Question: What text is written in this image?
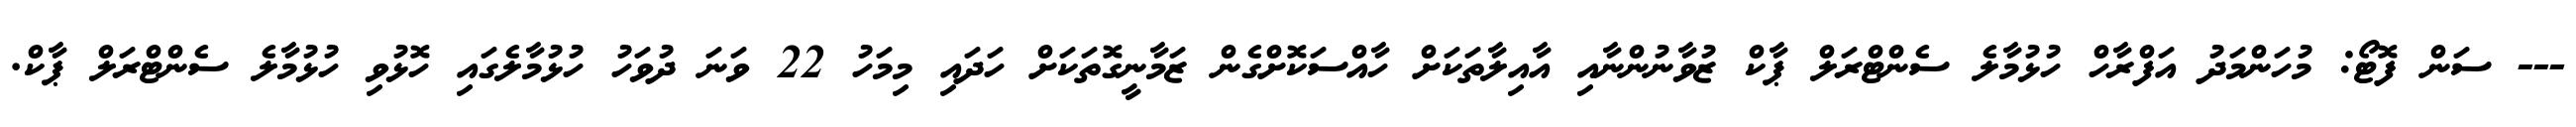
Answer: --- ސަން ފޮޓޯ: މުހަންމަދު އަފްރާހް ހުޅުމާލެ ސެންޓްރަލް ޕާކް ޒުވާނުންނާއި އާއިލާތަކަށް ހާއްސަކޮށްގެން ޒަމާނީގޮތަކަށް ހަދައި މިމަހު 22 ވަނަ ދުވަހު ހުޅުމާލެގައި ހޮޅުވި ހުޅުމާލެ ސެންޓްރަލް ޕާކް.